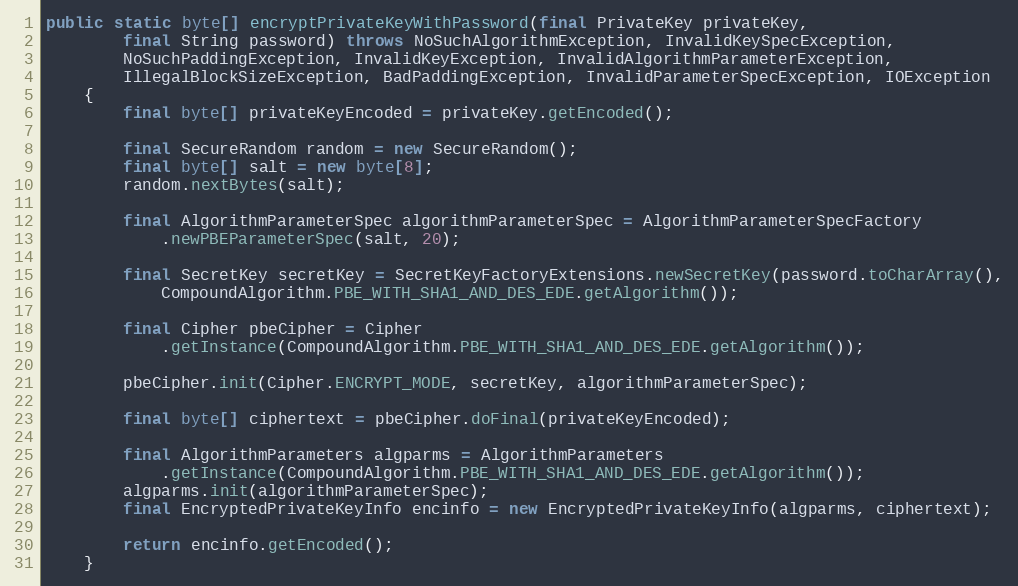
Language: Java
public static byte[] encryptPrivateKeyWithPassword(final PrivateKey privateKey,
		final String password) throws NoSuchAlgorithmException, InvalidKeySpecException,
		NoSuchPaddingException, InvalidKeyException, InvalidAlgorithmParameterException,
		IllegalBlockSizeException, BadPaddingException, InvalidParameterSpecException, IOException
	{
		final byte[] privateKeyEncoded = privateKey.getEncoded();

		final SecureRandom random = new SecureRandom();
		final byte[] salt = new byte[8];
		random.nextBytes(salt);

		final AlgorithmParameterSpec algorithmParameterSpec = AlgorithmParameterSpecFactory
			.newPBEParameterSpec(salt, 20);

		final SecretKey secretKey = SecretKeyFactoryExtensions.newSecretKey(password.toCharArray(),
			CompoundAlgorithm.PBE_WITH_SHA1_AND_DES_EDE.getAlgorithm());

		final Cipher pbeCipher = Cipher
			.getInstance(CompoundAlgorithm.PBE_WITH_SHA1_AND_DES_EDE.getAlgorithm());

		pbeCipher.init(Cipher.ENCRYPT_MODE, secretKey, algorithmParameterSpec);

		final byte[] ciphertext = pbeCipher.doFinal(privateKeyEncoded);

		final AlgorithmParameters algparms = AlgorithmParameters
			.getInstance(CompoundAlgorithm.PBE_WITH_SHA1_AND_DES_EDE.getAlgorithm());
		algparms.init(algorithmParameterSpec);
		final EncryptedPrivateKeyInfo encinfo = new EncryptedPrivateKeyInfo(algparms, ciphertext);

		return encinfo.getEncoded();
	}